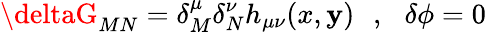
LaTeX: \deltaG_{MN}=\delta_{M}^{\mu}\delta_{N}^{\nu}h_{\mu\nu}(x,\mathbf{y})\, \, \, \, ,\, \, \, \, \delta\phi=0